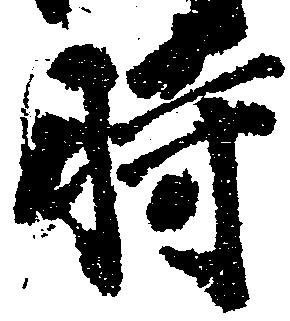
時